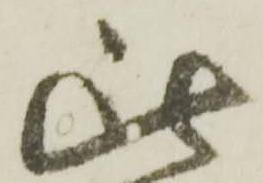
此